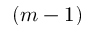
( m - 1 )